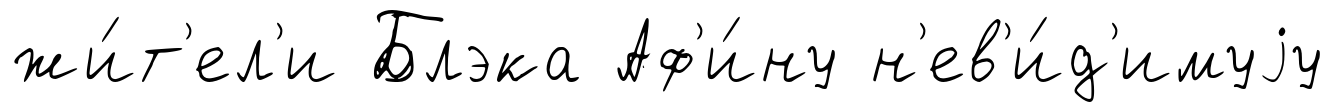
жи́т'ел'и Блэка Аф'и́ну н'ев'и́д'имуjу